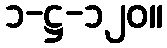
၁-ဋ္ဌ-၁၂၀။